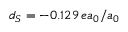
d _ { S } = - 0 . 1 2 9 \, e a _ { 0 } / a _ { 0 }